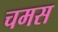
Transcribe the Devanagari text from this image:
चमस